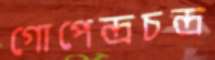
গোপেন্দ্রচন্দ্র